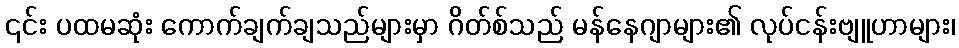
၎င်း ပထမဆုံး ကောက်ချက်ချသည်များမှာ ဂိတ်စ်သည် မန်နေဂျာများ၏ လုပ်ငန်းဗျူဟာများ၊